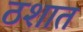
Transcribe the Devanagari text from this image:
ठशात